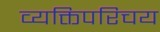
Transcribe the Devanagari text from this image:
व्यक्तिपरिचय